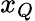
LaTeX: x_{Q}